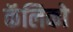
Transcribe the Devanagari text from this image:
कॅलिको